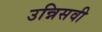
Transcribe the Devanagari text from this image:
उन्निसवी